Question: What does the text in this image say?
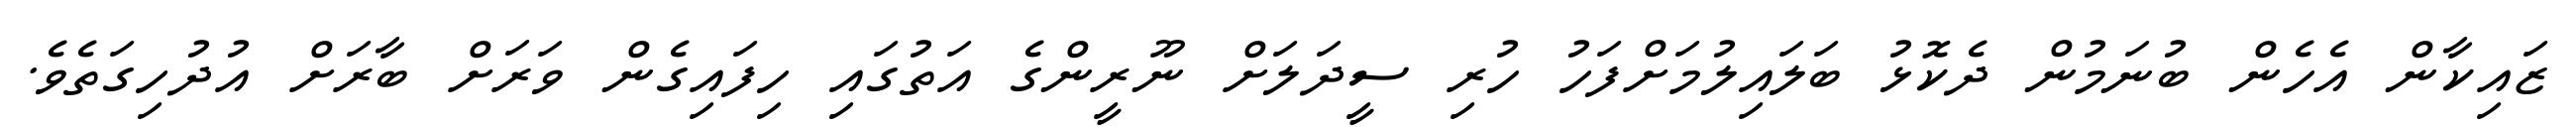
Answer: ޒައިކާން އެހެން ބުނަމުން ދެކޮޅު ބަލައިލުމަށްފަހު ހުރި ސީދަލަށް ނޫރީންގެ އަތުގައި ހިފައިގެން ވަރަށް ބާރަށް އުދުހިގަތެވެ.